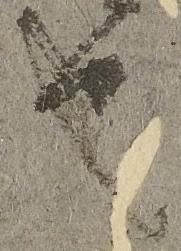
也